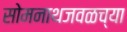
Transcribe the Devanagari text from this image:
सोमनाथजवळच्या